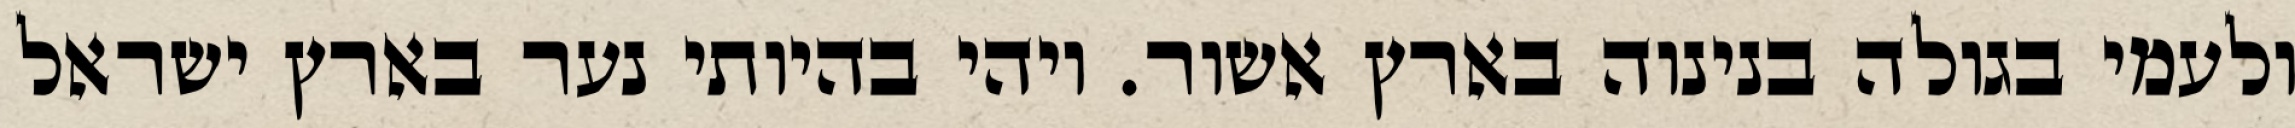
ולעמי בגולה בנינוה בארץ אשור. ויהי בהיותי נער בארץ ישראל